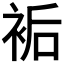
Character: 𧙺